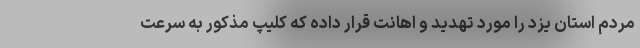
مردم استان یزد را مورد تهدید و اهانت قرار داده که کلیپ مذکور به سرعت